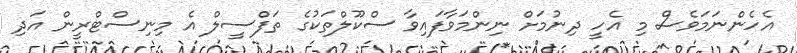
އެހެންނަމަވެސް މި އެހީ ދިނުމަށް ނިންމަވާފައިވާ ސްކޫލްތަކުގެ ތަފްސީލް އެ މިނިސްޓްރީން އަދި